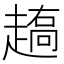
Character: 𰷼